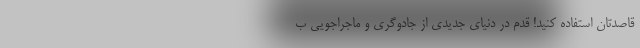
قاصدتان استفاده کنید! قدم در دنیای جدیدی از جادوگری و ماجراجویی ب